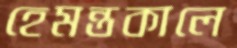
হেমন্তকালে